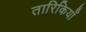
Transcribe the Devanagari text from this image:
तारिकियाँ